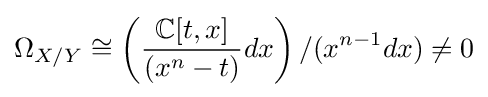
\Omega _{X/Y}\cong \left({\frac {\mathbb {C} [t,x]}{(x^{n}-t)}}dx\right)/(x^{n-1}dx)\neq 0